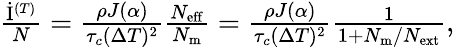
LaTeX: \begin{array}{r}{\frac{\dot{\mathrm{I}}^{(T)}}{N}=\frac{\rho J(\alpha)}{\tau_{c}(\Delta T)^{2}}\frac{N_{\mathrm{eff}}}{N_{\mathrm{m}}}=\frac{\rho J(\alpha)}{\tau_{c}(\Delta T)^{2}}\frac{1}{1+N_{\mathrm{m}}/N_{\mathrm{ext}}},}\end{array}